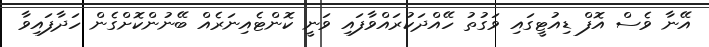
އޭނާ ވެސް އޮފް ޑިއުޓީގައި ވަގުތު ހޭއްދަކުރައްވާފައި ވަނީ ކޮންޓެއިނަރެއް ބޭނުންކޮށްގެން ހަދާފައިވާ